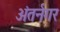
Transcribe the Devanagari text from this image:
अंतर्नगर